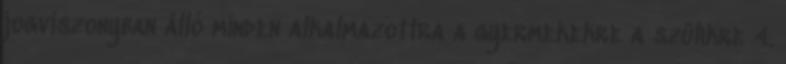
jogviszonyban álló minden alkalmazottra a gyermekekre a szülıkre 4.